Calcutta medical institutions reports 1892-1900
Year: 1892
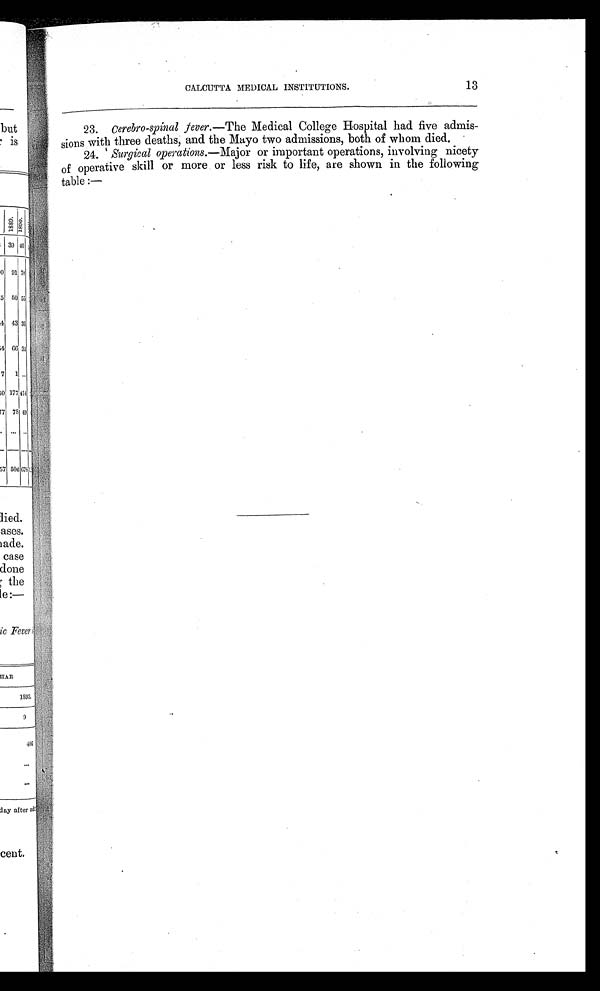
13
CALCUTTA MEDICAL INSTITUTIONS.
23. Cerebro-spinal fever.—The Medical College Hospital had five admis-
sions with three deaths; and the Mayo two admissions, both of whom died.
24. Surgical operations.—Major or important operations, involving nicety
of operative skill or more or less risk to life, are shown in the following
table :—